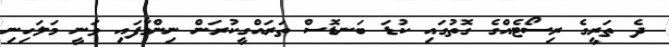
ދެ ތަރީގެ ރިސޯޓެއްގެ ގޮތުގައި ކުޑަ ބަނޑޮސް ތަރައްގީކުރަން ނިންމާފައި ވަނީ މަލަހިނި